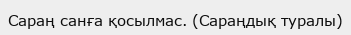
Сараң санға қосылмас. (Сараңдық туралы)